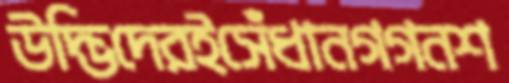
উদ্ভিদেরইসেঁধানগগনশ